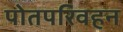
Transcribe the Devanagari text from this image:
पोतपरिवहन